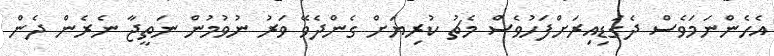
އެހެންނަމަވެސް ދެގަޑިއިރަށްފަހުވެސް މެޗު ކުރިޔަށް ގެންދެވޭ ވަރު ނުވުމުން ނަތީޖާ ނެރެން ދެން